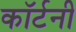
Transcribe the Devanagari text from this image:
काॅर्टनी